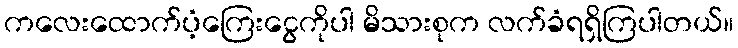
ကလေးထောက်ပံ့ကြေးငွေကိုပါ မိသားစုက လက်ခံရရှိကြပါတယ်။